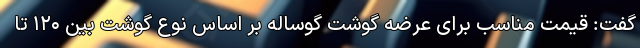
گفت: قیمت مناسب برای عرضه گوشت گوساله بر اساس نوع گوشت بین ۱۲۰ تا